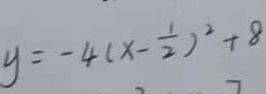
y = - 4 ( x - \frac { 1 } { 2 } ) ^ { 2 } + 8